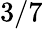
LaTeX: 3/7